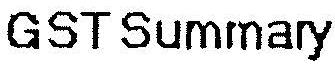
GST SUMMARY